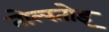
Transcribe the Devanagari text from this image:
तोल्स्तोइ